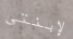
لإبنتي